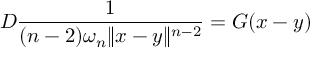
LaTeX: D { \frac { 1 } { ( n - 2 ) \omega _ { n } \| x - y \| ^ { n - 2 } } } = G ( x - y )